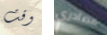
وقت مصادري